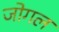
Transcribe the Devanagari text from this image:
जोगल